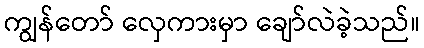
ကျွန်တော် လှေကားမှာ ချော်လဲခဲ့သည်။